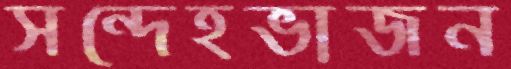
সন্দেহভাজন